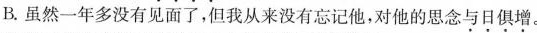
B.虽然一年多没有见面了，但我从来没有忘记他，对他的思念\underset{·}{与}\underset{·}{日}\underset{·}{俱}\underset{·}{增}。